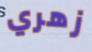
زهري